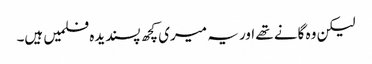
لیکن وہ گانے تھے اور یہ میری کچھ پسندیدہ فلمیں ہیں۔